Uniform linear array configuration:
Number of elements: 64
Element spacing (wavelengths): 0.25
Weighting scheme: exponential
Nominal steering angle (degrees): -45
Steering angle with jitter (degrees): -45.982
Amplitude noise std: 0.05
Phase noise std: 0.05

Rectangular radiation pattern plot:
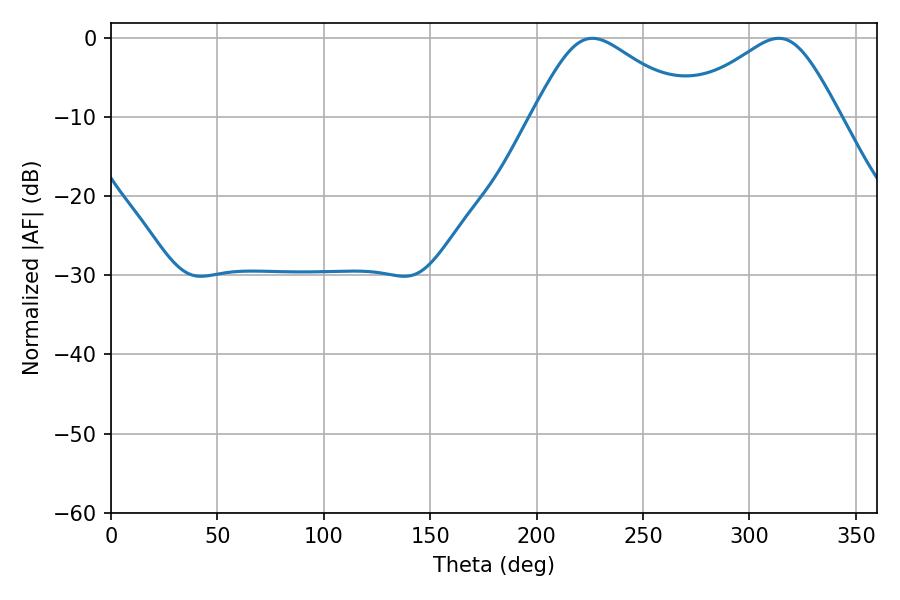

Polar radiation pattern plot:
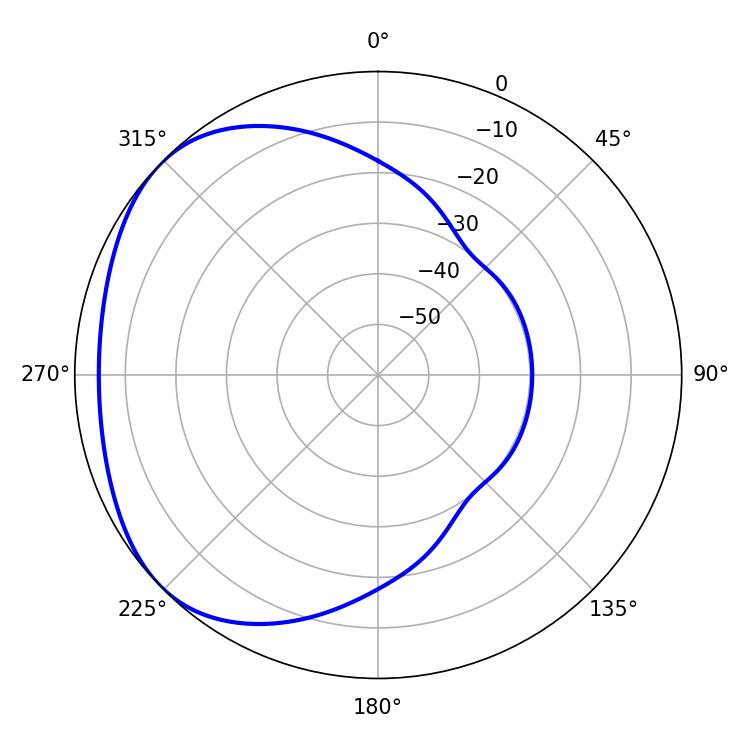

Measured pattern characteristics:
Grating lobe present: FALSE
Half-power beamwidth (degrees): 37.08
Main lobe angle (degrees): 226.26